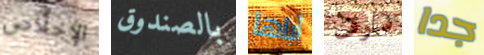
الإخلاص بالصندوق أباها سوف جدا